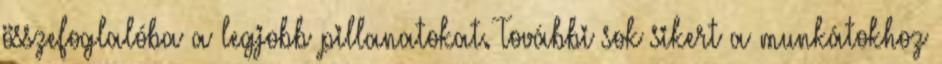
összefoglalóba a legjobb pillanatokat. További sok sikert a munkátokhoz